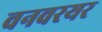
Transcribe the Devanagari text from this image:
वनवरयर